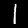
Digit: 1